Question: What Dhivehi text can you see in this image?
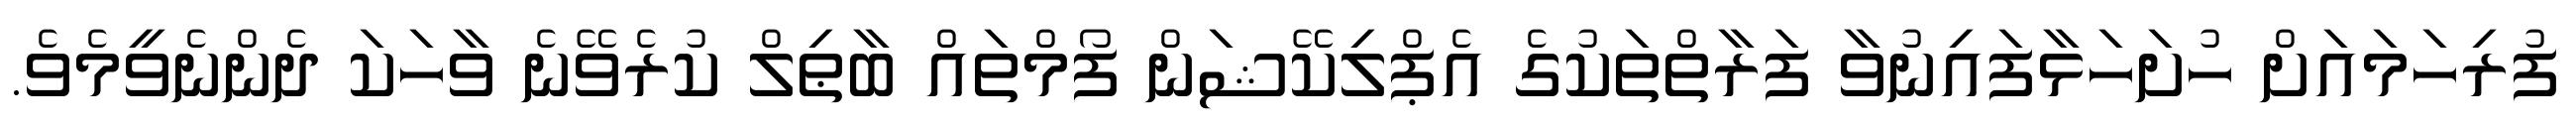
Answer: ފުރިހަމައަށް ހުށަހަޅާފައިނުވާ ފަރާތްތަކުގެ އެޕްލިކޭޝަން ފޯމްތައް ބާޠިލް ކުރެވޭނެ ވާހަކަ ދެންނެވީމެވެ.